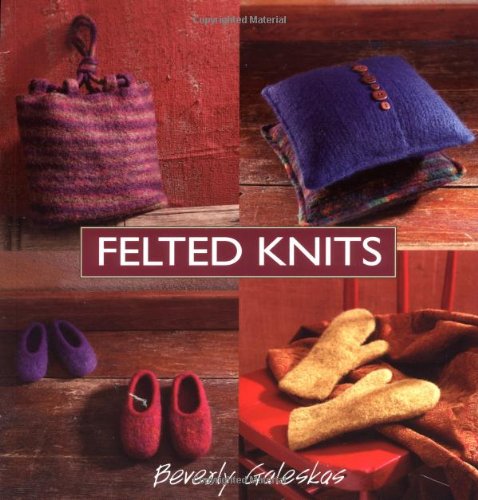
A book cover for Felted Knits; Beverly Galeskas; Crafts, Hobbies & Home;